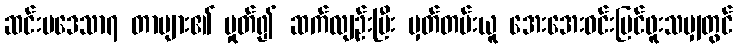
ဆင်းပဒေသာ၇ တာများ၏ မှုတ်၍ ဆက်လျဉ်းပြီး မှတ်တမ်းယူ အေးအေးဝင်းမြင်ဖူးသမျှတွင်